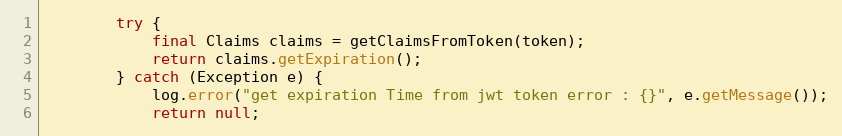
Language: Java
        try {
            final Claims claims = getClaimsFromToken(token);
            return claims.getExpiration();
        } catch (Exception e) {
            log.error("get expiration Time from jwt token error : {}", e.getMessage());
            return null;